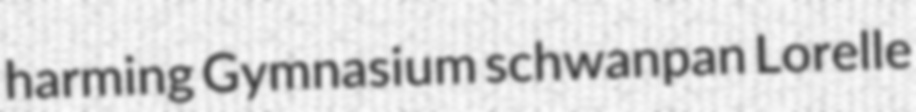
harming Gymnasium schwanpan Lorelle